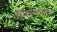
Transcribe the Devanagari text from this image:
परिवाररमसन